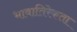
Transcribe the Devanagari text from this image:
भावातिरेकता